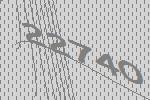
22740